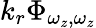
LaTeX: k_{r}\Phi_{\omega_{z},\omega_{z}}